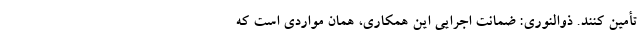
تأمین کنند. ذوالنوری: ضمانت اجرایی این همکاری، همان مواردی است که